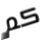
كم